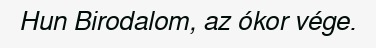
Hun Birodalom, az ókor vége.